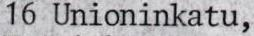
16 Unioninkatu,